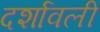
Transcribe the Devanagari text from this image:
दर्शावली